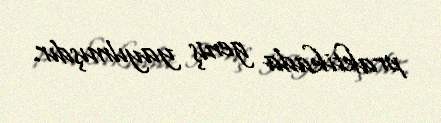
praktikada geniş yayılmışdır.